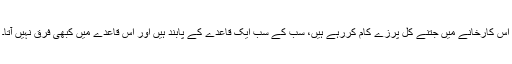
اس کارخانے میں جتنے کل پرزے کام کررہے ہیں، سب کے سب ایک قاعدے کے پابند ہیں اور اس قاعدے میں کبھی فرق نہیں آتا۔